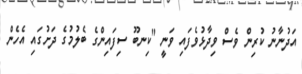
އަދުނާނު ކުރިން ވެސް ވިދާޅުވެފައި ވަނީ "ކިނބޫ ސިފައިންގެ ބެލުމުގެ ދަށުގައި އެހެން